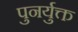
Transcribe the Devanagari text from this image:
पुनर्युक्त